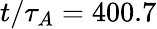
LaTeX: t/\tau_{A}=400.7